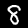
Label: 8